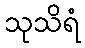
သုသိရံ